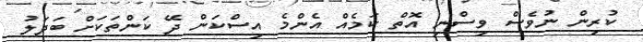
ކުރިން ނުވެސް ވިސްނި އޮތް ކަމެއް އެންމެ އިސްކަން ދޭ ކަންތަކަށް ބަދަލު